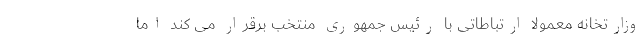
وزارتخانه معمولا ارتباطاتی با رئیس جمهوری منتخب برقرار می کند اما